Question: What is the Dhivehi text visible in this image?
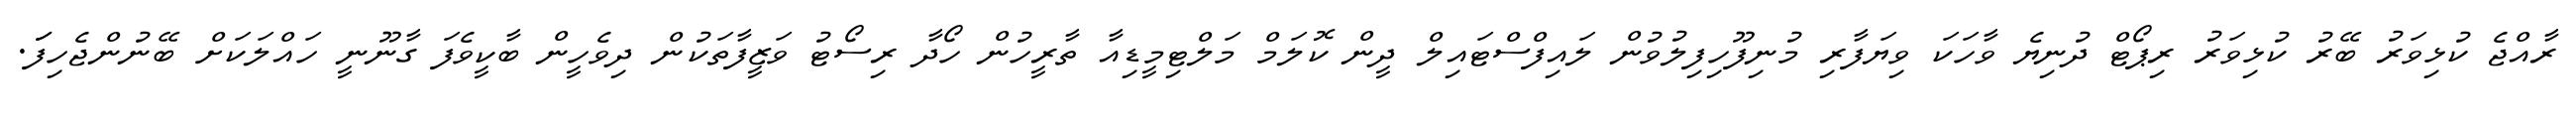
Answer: ރާއްޖެ ކުޅިވަރު ބޭރު ކުޅިވަރު ރިޕޯޓް ދުނިޔެ ވާހަކަ ވިޔަފާރި މުނިފޫހިފިލުވުން ލައިފްސްޓައިލް ދީން ކޮލަމް މަލްޓިމީޑިއާ ތާރީހުން ހޯދާ ރިސޯޓު ވަޒީފާތަކުން ދިވެހީން ބާކީވެފަ ގާނޫނީ ހައްލަކަށް ބޭނުންޖެހިފަަ.